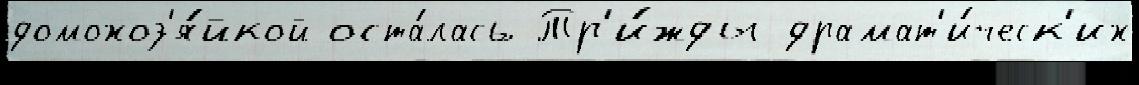
домохоз'я́йкой оста́лась Тр'и́жды драмат'и́ческ'их